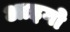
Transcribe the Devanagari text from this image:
आइगो